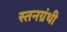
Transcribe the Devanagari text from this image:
स्तनग्रंथी